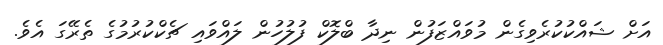
އަށް ޝައްކުކުރެވިގެން މުވައްޒަފުން ނިދާ ބްލޮކް ފުލުހުން ލައްވައި ޗެކްކުރުމުގެ ތެރޭގަ އެވެ.